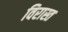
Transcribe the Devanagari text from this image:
विरास्त